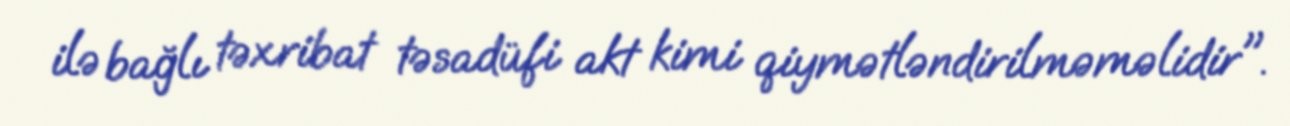
ilə bağlı təxribat təsadüfi akt kimi qiymətləndirilməməlidir".